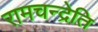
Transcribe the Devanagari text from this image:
रामचन्द्रेति